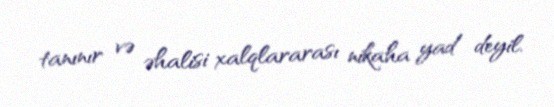
tanınır və əhalisi xalqlararası nikaha yad deyil.